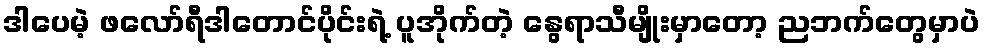
ဒါပေမဲ့ ဖလော်ရီဒါတောင်ပိုင်းရဲ့ ပူအိုက်တဲ့ နွေရာသီမျိုးမှာတော့ ညဘက်တွေမှာပဲ